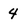
Character: 4